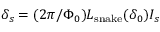
\delta _ { s } = ( 2 \pi / \Phi _ { 0 } ) L _ { \mathrm { s n a k e } } ( \delta _ { 0 } ) I _ { s }